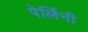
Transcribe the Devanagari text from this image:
पेर्लिनी